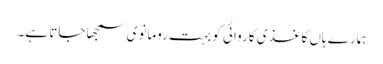
ہمارے ہاں کاغذی کاروائی کو بہت رومانوی سمجھا جاتا ہے۔